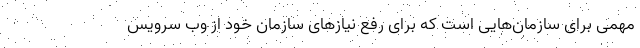
مهمی برای سازمان‌هایی است که برای رفع نیازهای سازمان خود از وب سرویس